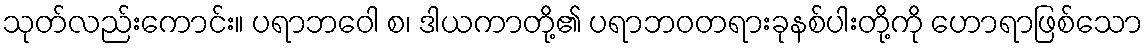
သုတ်လည်းကောင်း။ ပရာဘဝေါ စ၊ ဒါယကာတို့၏ ပရာဘဝတရားခုနစ်ပါးတို့ကို ဟောရာဖြစ်သော